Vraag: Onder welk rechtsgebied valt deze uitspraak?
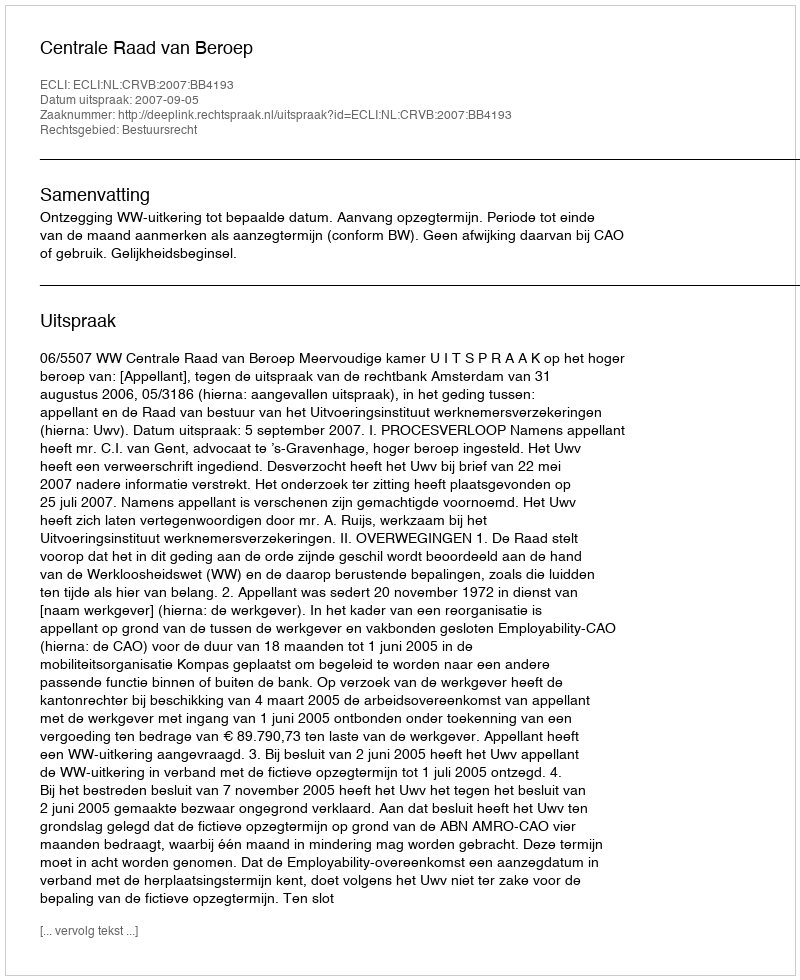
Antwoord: Bestuursrecht